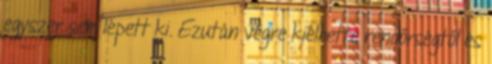
egyszer sem lépett ki. Ezután végre kiélhette rendőrségtől és